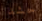
حشد